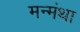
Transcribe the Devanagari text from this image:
मन्मंथा